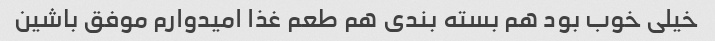
خیلی خوب بود هم بسته بندی هم طعم غذا امیدوارم موفق باشین